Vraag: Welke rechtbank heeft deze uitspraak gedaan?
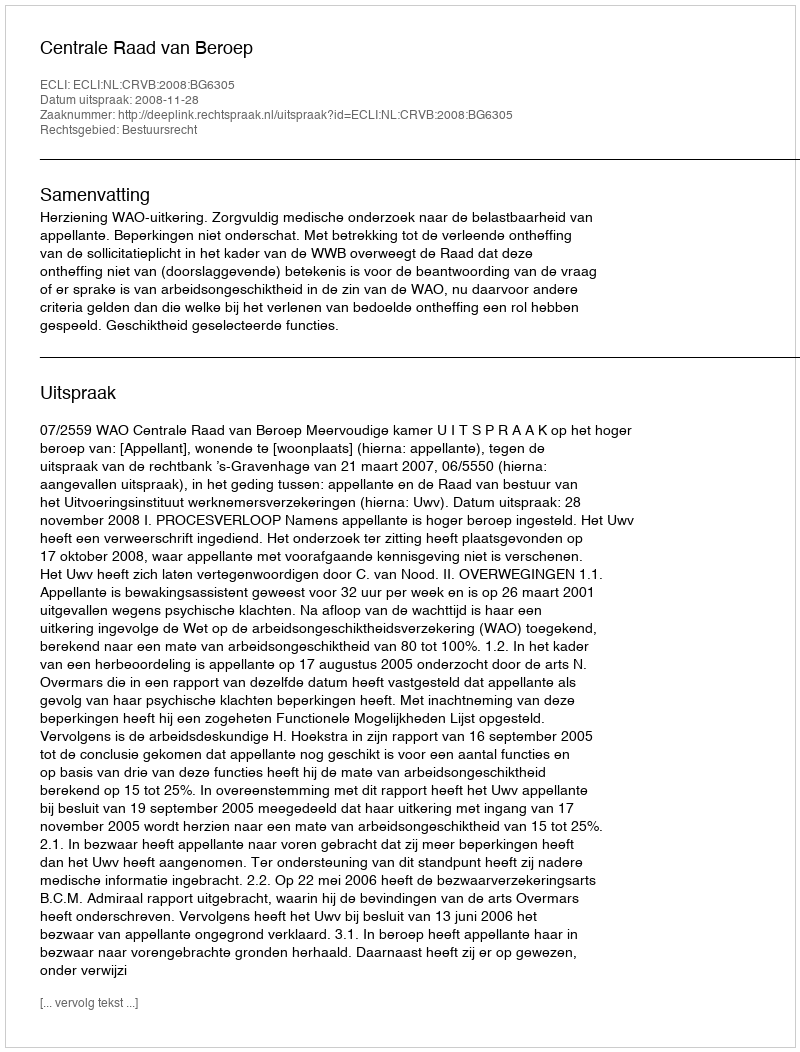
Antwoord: Centrale Raad van Beroep